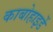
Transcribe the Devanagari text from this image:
काबोहाइर्डे